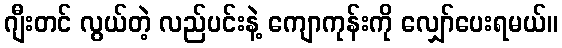
ဂျီးတင် လွယ်တဲ့ လည်ပင်းနဲ့ ကျောကုန်းကို လျှော်ပေးရမယ်။